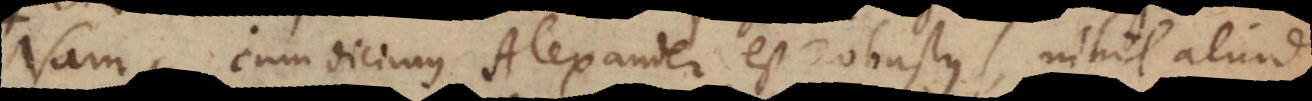
Nam cum dicimus Alexander est robustus, nihil aliud